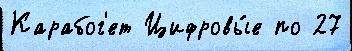
Карабог'ет Цифровы́е по 27